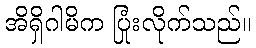
အိရှိဂါမိက ပြုံးလိုက်သည်။